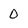
Character: 0